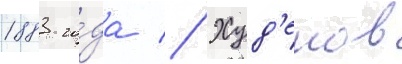
1883 го́да // Худ'еков